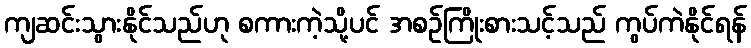
ကျဆင်းသွားနိုင်သည်ဟု စကားကဲ့သို့ပင် အစဉ်ကြိုးစားသင့်သည် ကွပ်ကဲနိုင်ရန်